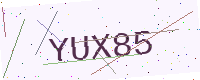
Text: YUX85